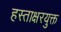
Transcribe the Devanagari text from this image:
हस्ताक्षरयुक्त